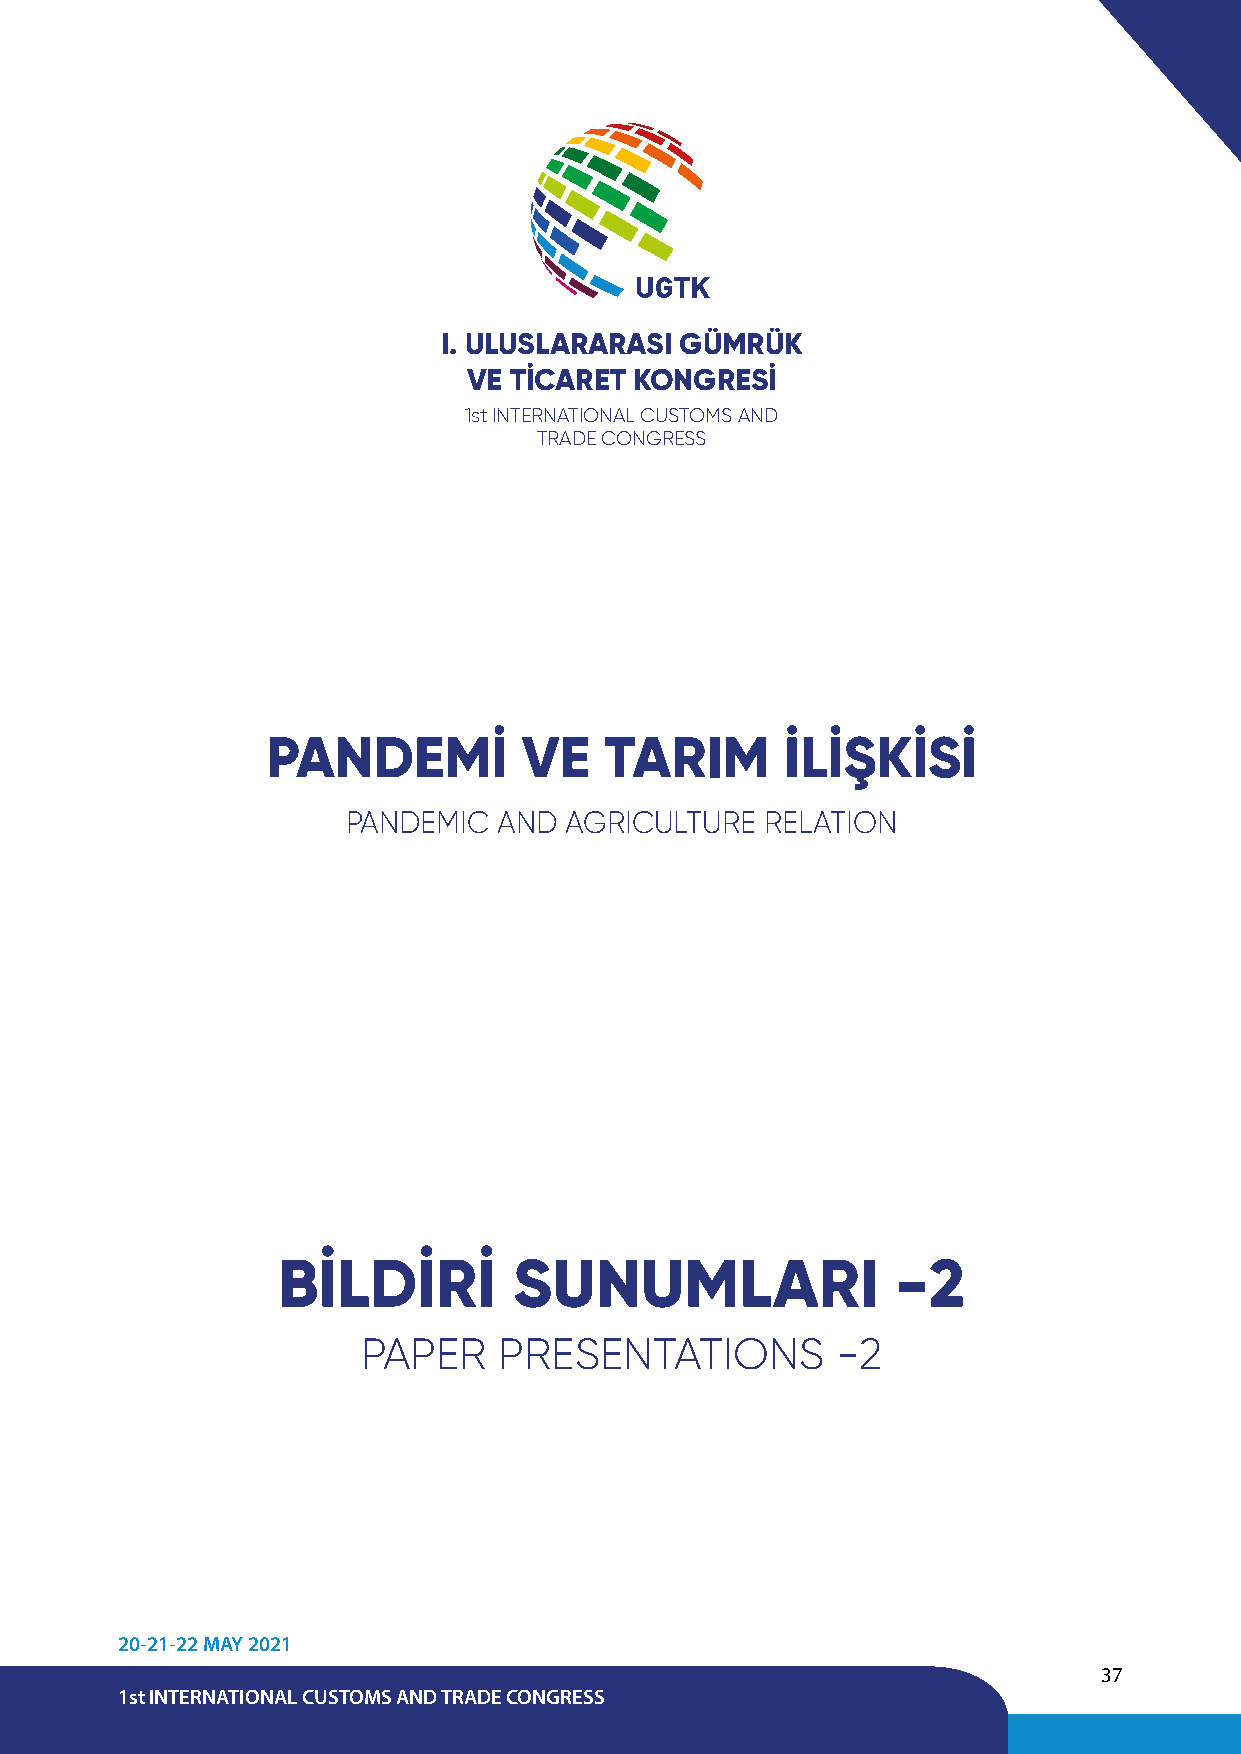
UGTK
 I. ULUSLARARASI GÜMRÜK
 VE TİCARET KONGRESİ
 1st INTERNATIONAL CUSTOMS AND
 TRADE CONGRESS
 PANDEMİ          VE   TARIM       İLİŞKİSİ
 PANDEMIC  AND AGRICULTURE   RELATION
 BİLDİRİ         SUNUMLARI                -2
 PAPER    PRESENTATIONS         -2
 20-21-22 MAY 2021
 37
 1st INTERNATIONAL CUSTOMS AND TRADE CONGRESS